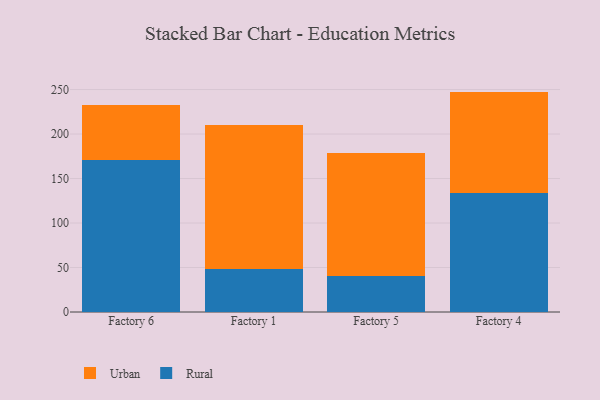
{"axis": {"x": "Factory", "y": "Active Users"}, "legend": ["Rural", "Urban"], "data": [{"x": "Factory 6", "y": 170.3, "type": "Rural"}, {"x": "Factory 6", "y": 62.1, "type": "Urban"}, {"x": "Factory 1", "y": 48.0, "type": "Rural"}, {"x": "Factory 1", "y": 162.7, "type": "Urban"}, {"x": "Factory 5", "y": 40.8, "type": "Rural"}, {"x": "Factory 5", "y": 138.4, "type": "Urban"}, {"x": "Factory 4", "y": 134.0, "type": "Rural"}, {"x": "Factory 4", "y": 113.7, "type": "Urban"}]}